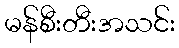
မန်စီးတီးအသင်း